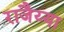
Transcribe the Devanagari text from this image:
राजैय्या